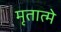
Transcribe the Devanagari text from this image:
मृतात्मे